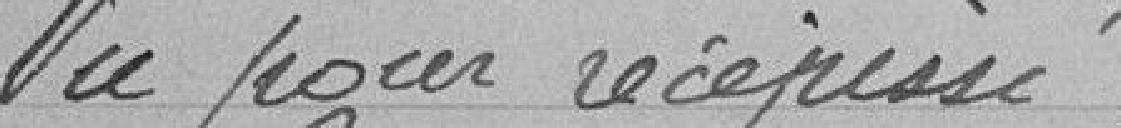
Vu pour récépissé.